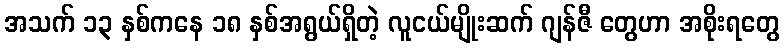
အသက် ၁၃ နှစ်ကနေ ၁၈ နှစ်အရွယ်ရှိတဲ့ လူငယ်မျိုးဆက် ဂျန်ဇီ တွေဟာ အစိုးရတွေ